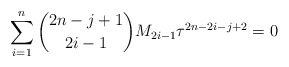
\begin{align*}\sum^{n}_{i=1}\binom{2n-j+1}{2i-1}M_{2i-1} \tau^{2n-2i-j+2}=0\end{align*}